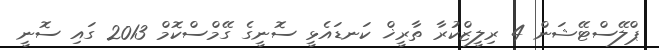
ޕްލޭސްޓޭޝަން 4 ރިލީޒްކުރާ ތާރީޚް ކަނޑައެޅީ ސޮނީގެ ގޭމްސްކޮމް 2013 ގައި ސޮނީ